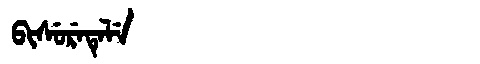
Manchu: ᠪᡳᠰᡠᡵᡝᡨᡝᠯᡝ
Romanization: BISURETELE